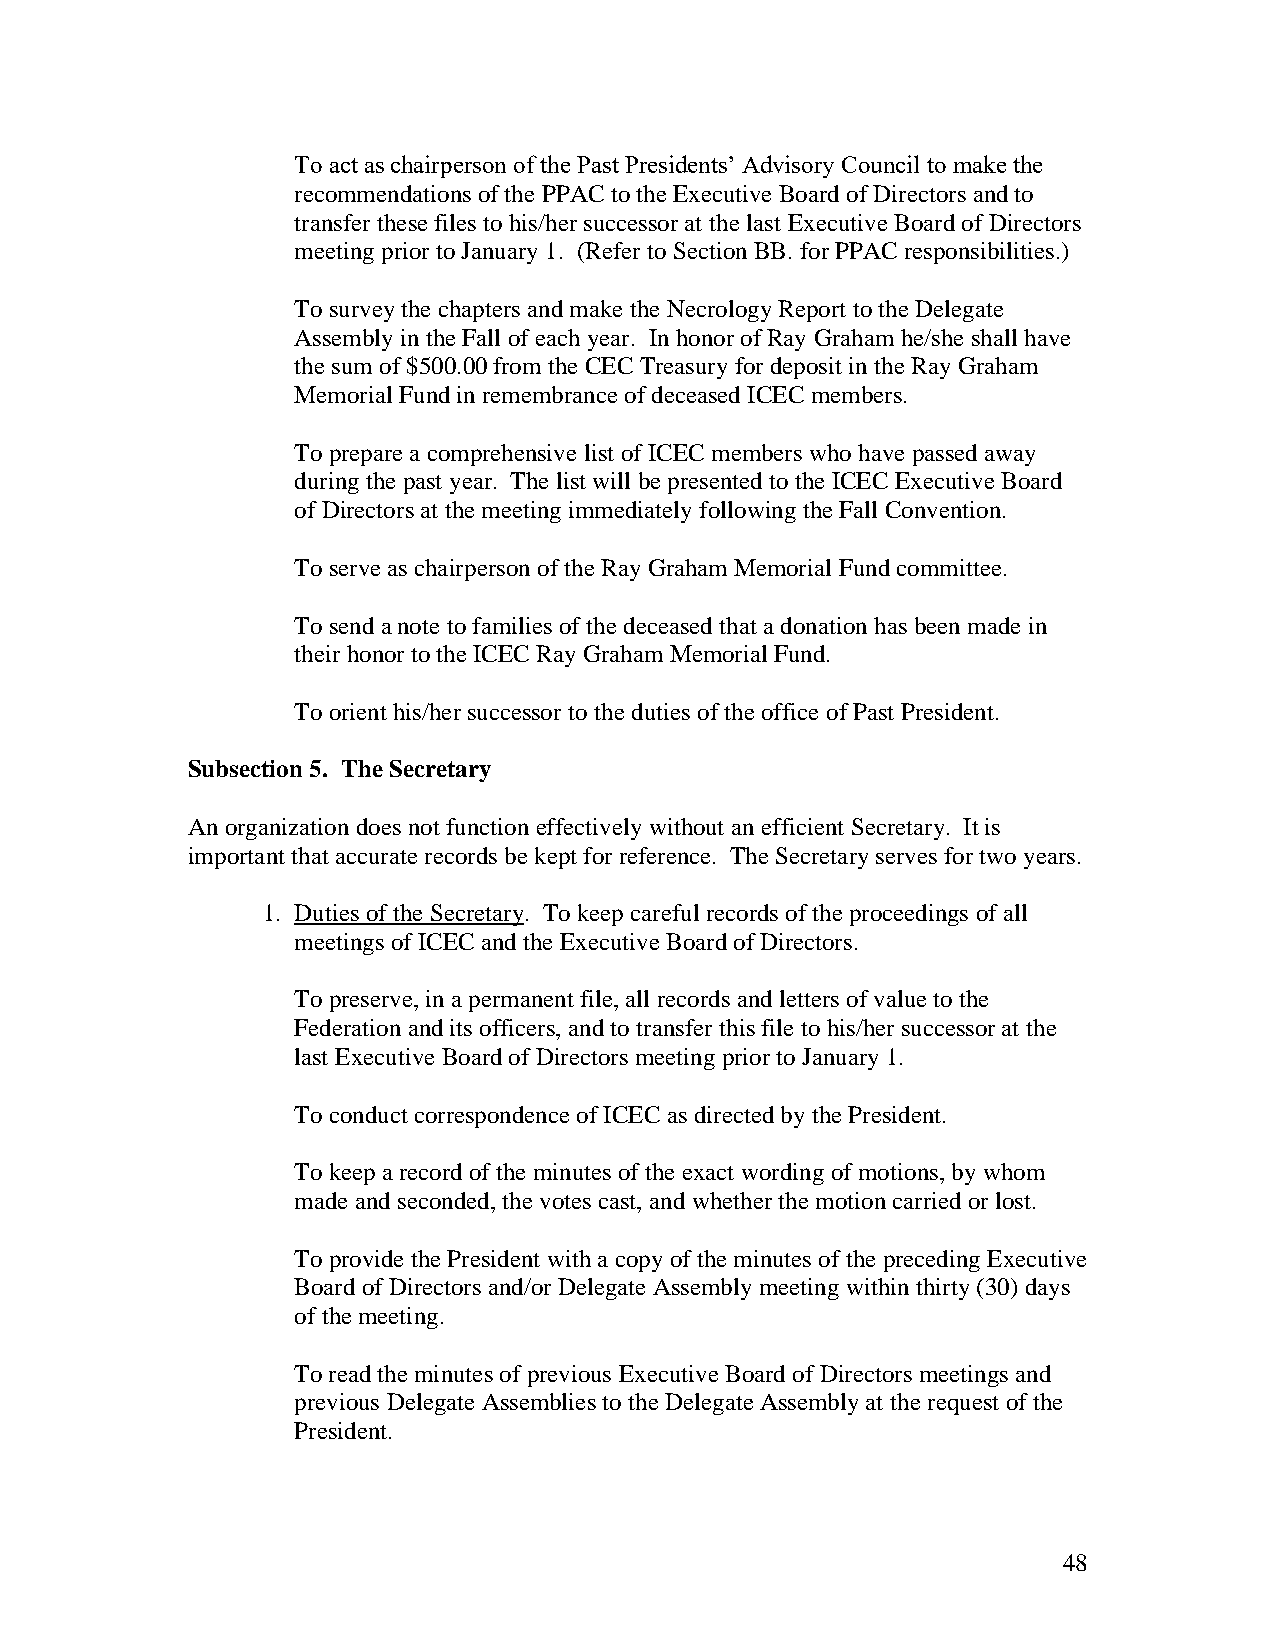
To act as chairperson of the Past Presidents’ Advisory Council to make the
 recommendations of the PPAC to the Executive Board of Directors and to
 transfer these files to his/her successor at the last Executive Board of Directors
 meeting prior to January 1. (Refer to Section BB. for PPAC responsibilities.)
 To survey the chapters and make the Necrology Report to the Delegate
 Assembly in the Fall of each year. In honor of Ray Graham he/she shall have
 the sum of $500.00 from the CEC Treasury for deposit in the Ray Graham
 Memorial Fund in remembrance of deceased ICEC members.
 To prepare a comprehensive list of ICEC members who have passed away
 during the past year. The list will be presented to the ICEC Executive Board
 of Directors at the meeting immediately following the Fall Convention.
 To serve as chairperson of the Ray Graham Memorial Fund committee.
 To send a note to families of the deceased that a donation has been made in
 their honor to the ICEC Ray Graham Memorial Fund.
 To orient his/her successor to the duties of the office of Past President.
 Subsection 5. The Secretary
 An organization does not function effectively without an efficient Secretary. It is
 important that accurate records be kept for reference. The Secretary serves for two years.
 1. Duties of the Secretary. To keep careful records of the proceedings of all
 meetings of ICEC and the Executive Board of Directors.
 To preserve, in a permanent file, all records and letters of value to the
 Federation and its officers, and to transfer this file to his/her successor at the
 last Executive Board of Directors meeting prior to January 1.
 To conduct correspondence of ICEC as directed by the President.
 To keep a record of the minutes of the exact wording of motions, by whom
 made and seconded, the votes cast, and whether the motion carried or lost.
 To provide the President with a copy of the minutes of the preceding Executive
 Board of Directors and/or Delegate Assembly meeting within thirty (30) days
 of the meeting.
 To read the minutes of previous Executive Board of Directors meetings and
 previous Delegate Assemblies to the Delegate Assembly at the request of the
 President.
 48